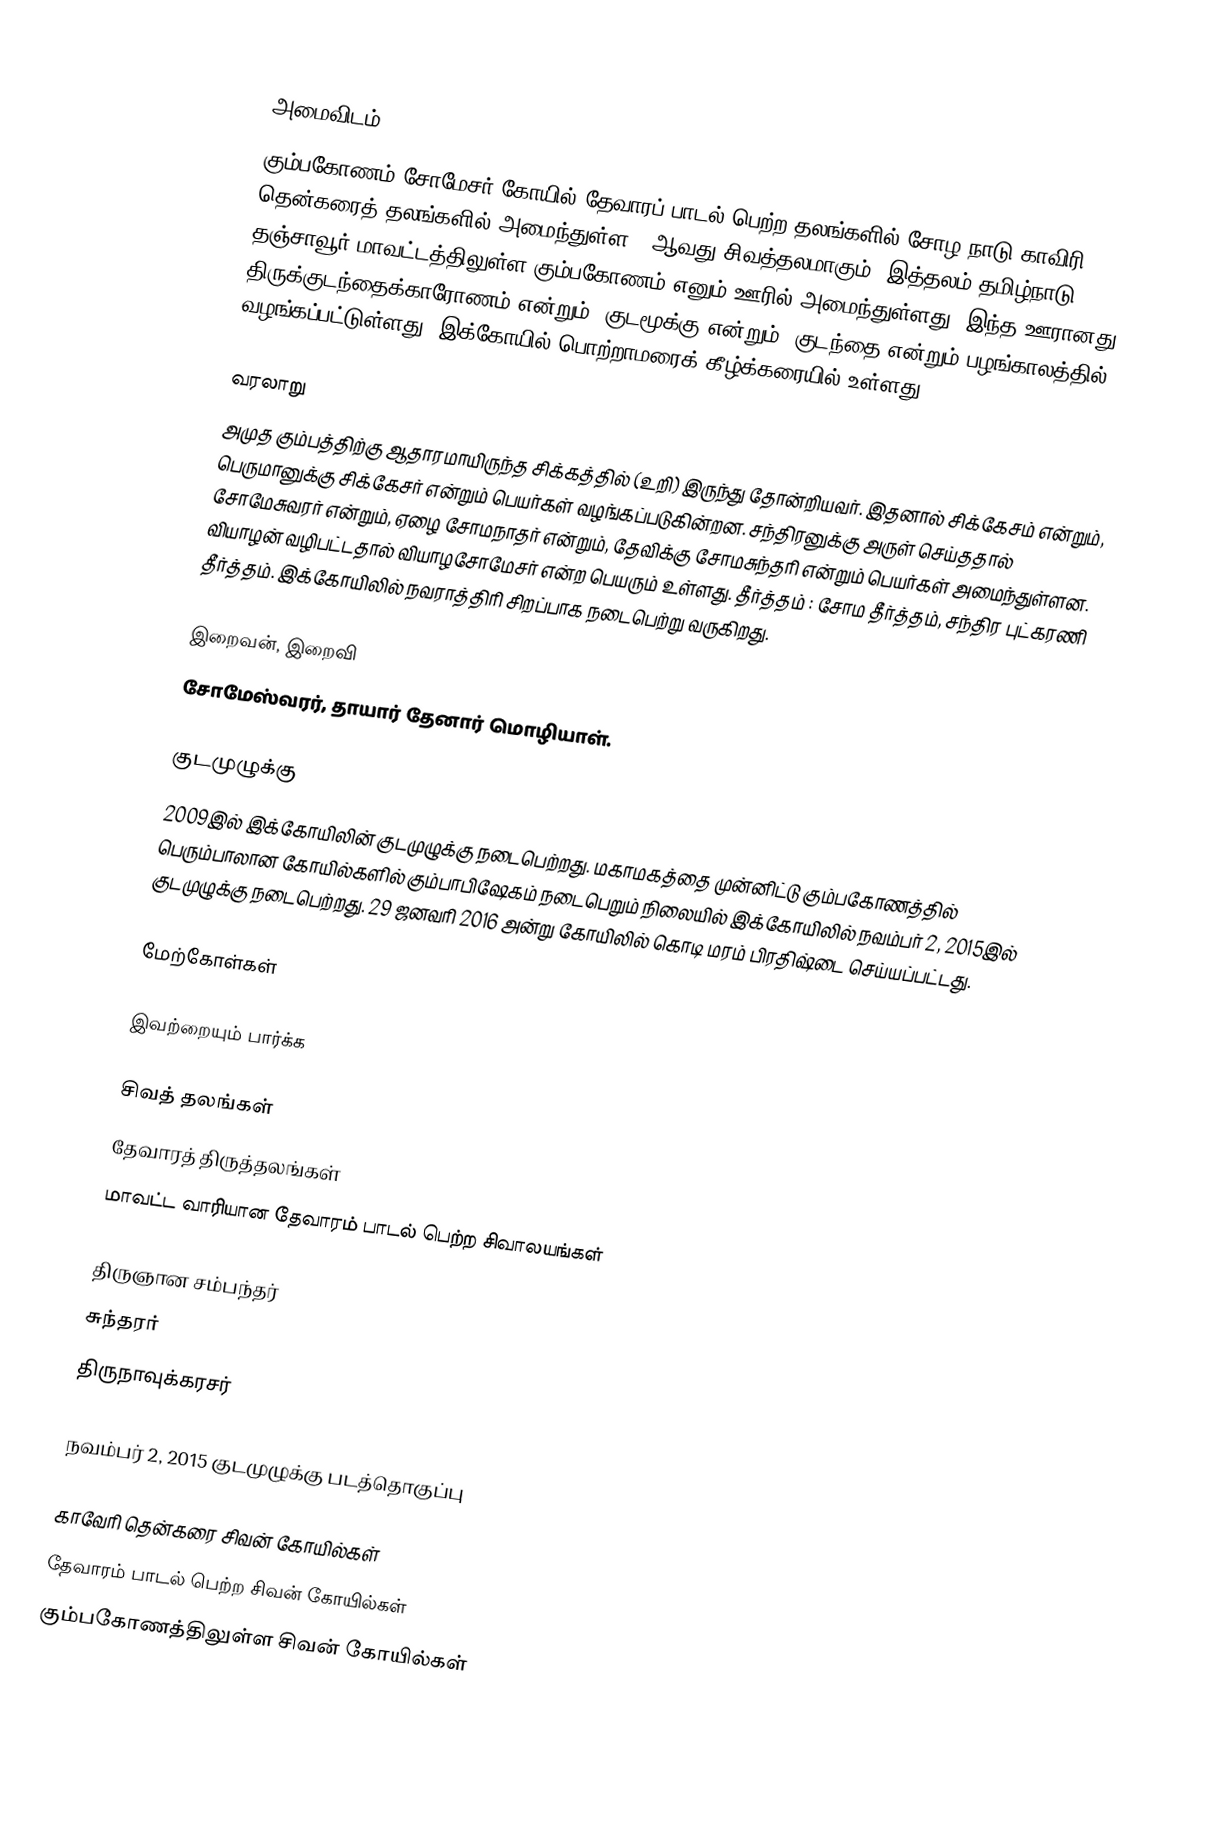

அமைவிடம்
கும்பகோணம் சோமேசர் கோயில் தேவாரப் பாடல் பெற்ற தலங்களில் சோழ நாடு காவிரி தென்கரைத் தலங்களில் அமைந்துள்ள 28ஆவது சிவத்தலமாகும். இத்தலம் தமிழ்நாடு தஞ்சாவூர் மாவட்டத்திலுள்ள கும்பகோணம் எனும் ஊரில் அமைந்துள்ளது. இந்த ஊரானது திருக்குடந்தைக்காரோணம் என்றும், குடமூக்கு என்றும், குடந்தை என்றும் பழங்காலத்தில் வழங்கப்பட்டுள்ளது. இக்கோயில் பொற்றாமரைக் கீழ்க்கரையில் உள்ளது.

வரலாறு
அமுத கும்பத்திற்கு ஆதாரமாயிருந்த சிக்கத்தில் (உறி) இருந்து தோன்றியவர். இதனால் சிக்கேசம் என்றும், பெருமானுக்கு சிக்கேசர் என்றும் பெயர்கள் வழங்கப்படுகின்றன. சந்திரனுக்கு அருள் செய்ததால் சோமேசுவரர் என்றும், ஏழை சோமநாதர் என்றும், தேவிக்கு சோமசுந்தரி என்றும் பெயர்கள் அமைந்துள்ளன. வியாழன் வழிபட்டதால் வியாழசோமேசர் என்ற பெயரும் உள்ளது. தீர்த்தம் :  சோம தீர்த்தம், சந்திர புட்கரணி தீர்த்தம். இக்கோயிலில் நவராத்திரி சிறப்பாக நடைபெற்று வருகிறது.

இறைவன், இறைவி
சோமேஸ்வரர், தாயார் தேனார் மொழியாள்.

குடமுழுக்கு
2009இல் இக்கோயிலின் குடமுழுக்கு நடைபெற்றது. மகாமகத்தை முன்னிட்டு கும்பகோணத்தில் பெரும்பாலான கோயில்களில் கும்பாபிஷேகம் நடைபெறும் நிலையில் இக்கோயிலில் நவம்பர் 2, 2015இல் குடமுழுக்கு நடைபெற்றது. 29 ஜனவரி 2016 அன்று கோயிலில் கொடி மரம் பிரதிஷ்டை செய்யப்பட்டது.

மேற்கோள்கள்

இவற்றையும் பார்க்க

 சிவத் தலங்கள்
 தேவாரத் திருத்தலங்கள்
 மாவட்ட வாரியான தேவாரம் பாடல் பெற்ற சிவாலயங்கள்

 திருஞான சம்பந்தர்
 சுந்தரர்
 திருநாவுக்கரசர்

நவம்பர் 2, 2015 குடமுழுக்கு படத்தொகுப்பு

காவேரி தென்கரை சிவன் கோயில்கள்
தேவாரம் பாடல் பெற்ற சிவன் கோயில்கள்
கும்பகோணத்திலுள்ள சிவன் கோயில்கள்